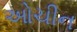
ઓચીન